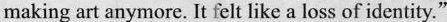
making art anymore. It felt like a loss of identity."